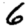
Digit: 6